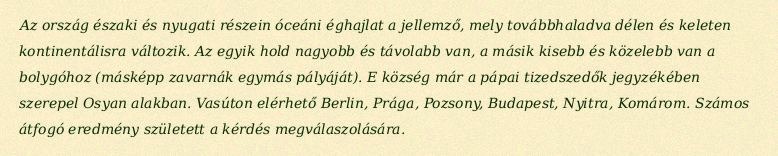
Az ország északi és nyugati részein óceáni éghajlat a jellemző, mely továbbhaladva délen és keleten kontinentálisra változik. Az egyik hold nagyobb és távolabb van, a másik kisebb és közelebb van a bolygóhoz (másképp zavarnák egymás pályáját). E község már a pápai tizedszedők jegyzékében szerepel Osyan alakban. Vasúton elérhető Berlin, Prága, Pozsony, Budapest, Nyitra, Komárom. Számos átfogó eredmény született a kérdés megválaszolására.